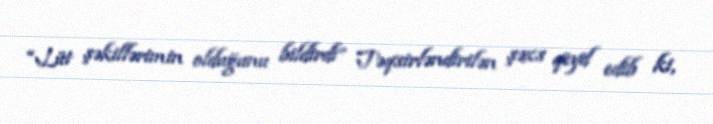
“Lüt şəkillərimin olduğunu bildirdi” Təqsirləndirilən şəxs qeyd edib ki,